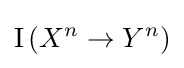
\operatorname {I} \left(X^{n}\to Y^{n}\right)